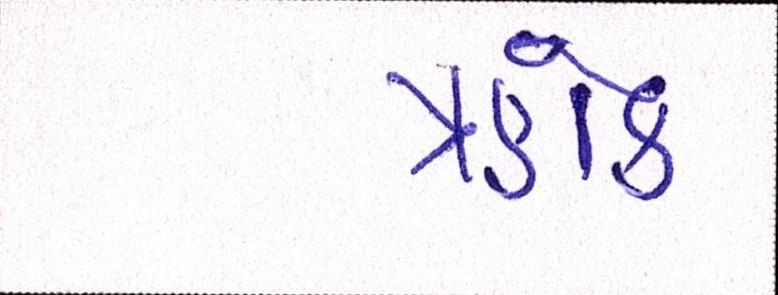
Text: ત્રણેક